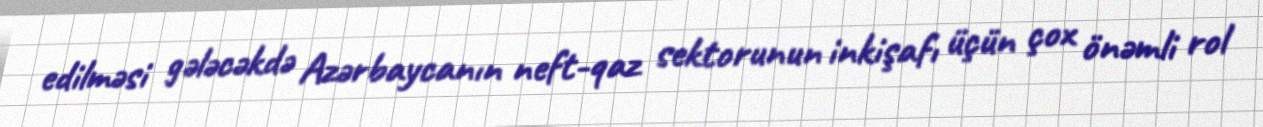
edilməsi gələcəkdə Azərbaycanın neft-qaz sektorunun inkişafı üçün çox önəmli rol